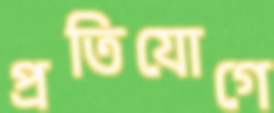
প্রতিযোগে